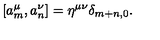
[ a _ { m } ^ { \mu } , a _ { n } ^ { \nu } ] = \eta ^ { \mu \nu } \delta _ { m + n , 0 } .